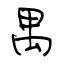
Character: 禺